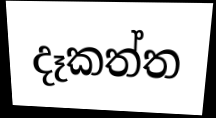
දෑකත්ත